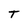
Character: T